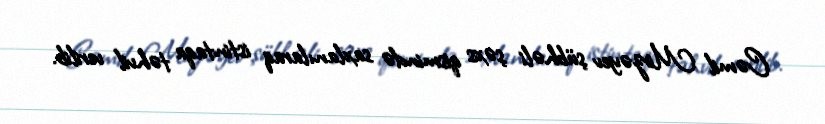
Cəmil Mirzəyev şübhəli şəxs qismində saxlanılaraq istintaqa təhvil verilib.